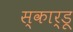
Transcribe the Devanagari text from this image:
स्कार्डू